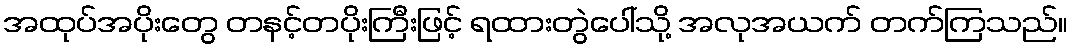
အထုပ်အပိုးတွေ တနင့်တပိုးကြီးဖြင့် ရထားတွဲပေါ်သို့ အလုအယက် တက်ကြသည်။